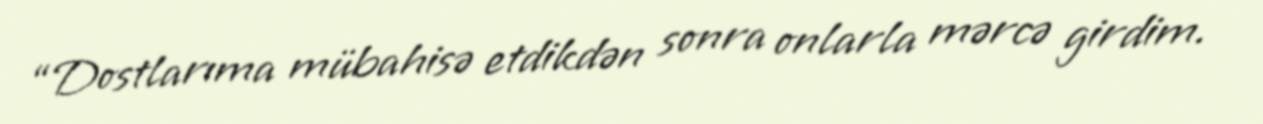
“Dostlarıma mübahisə etdikdən sonra onlarla mərcə girdim.